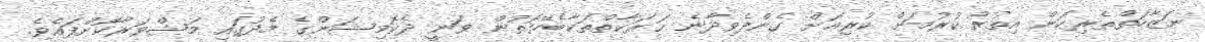
ނަޒާހަތްތެރިކަން އިތުރު ކުރުމަށް ކުރިއަށް ގެންދެވިދާނެ ޙަރަކާތްތަކާބެހޭގޮތުން ވަނީ ދެކޮމިޝަންގެ މެދުގައި މަޝްވަރާކޮށްފައެވެ.